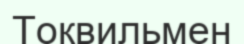
Токвильмен